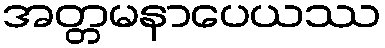
အတ္တမနာပေယဿ